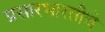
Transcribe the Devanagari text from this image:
प्रसारभारतीचे